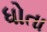
ધોતા